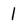
Character: 1